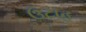
ઉટાહ